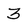
Character: 3